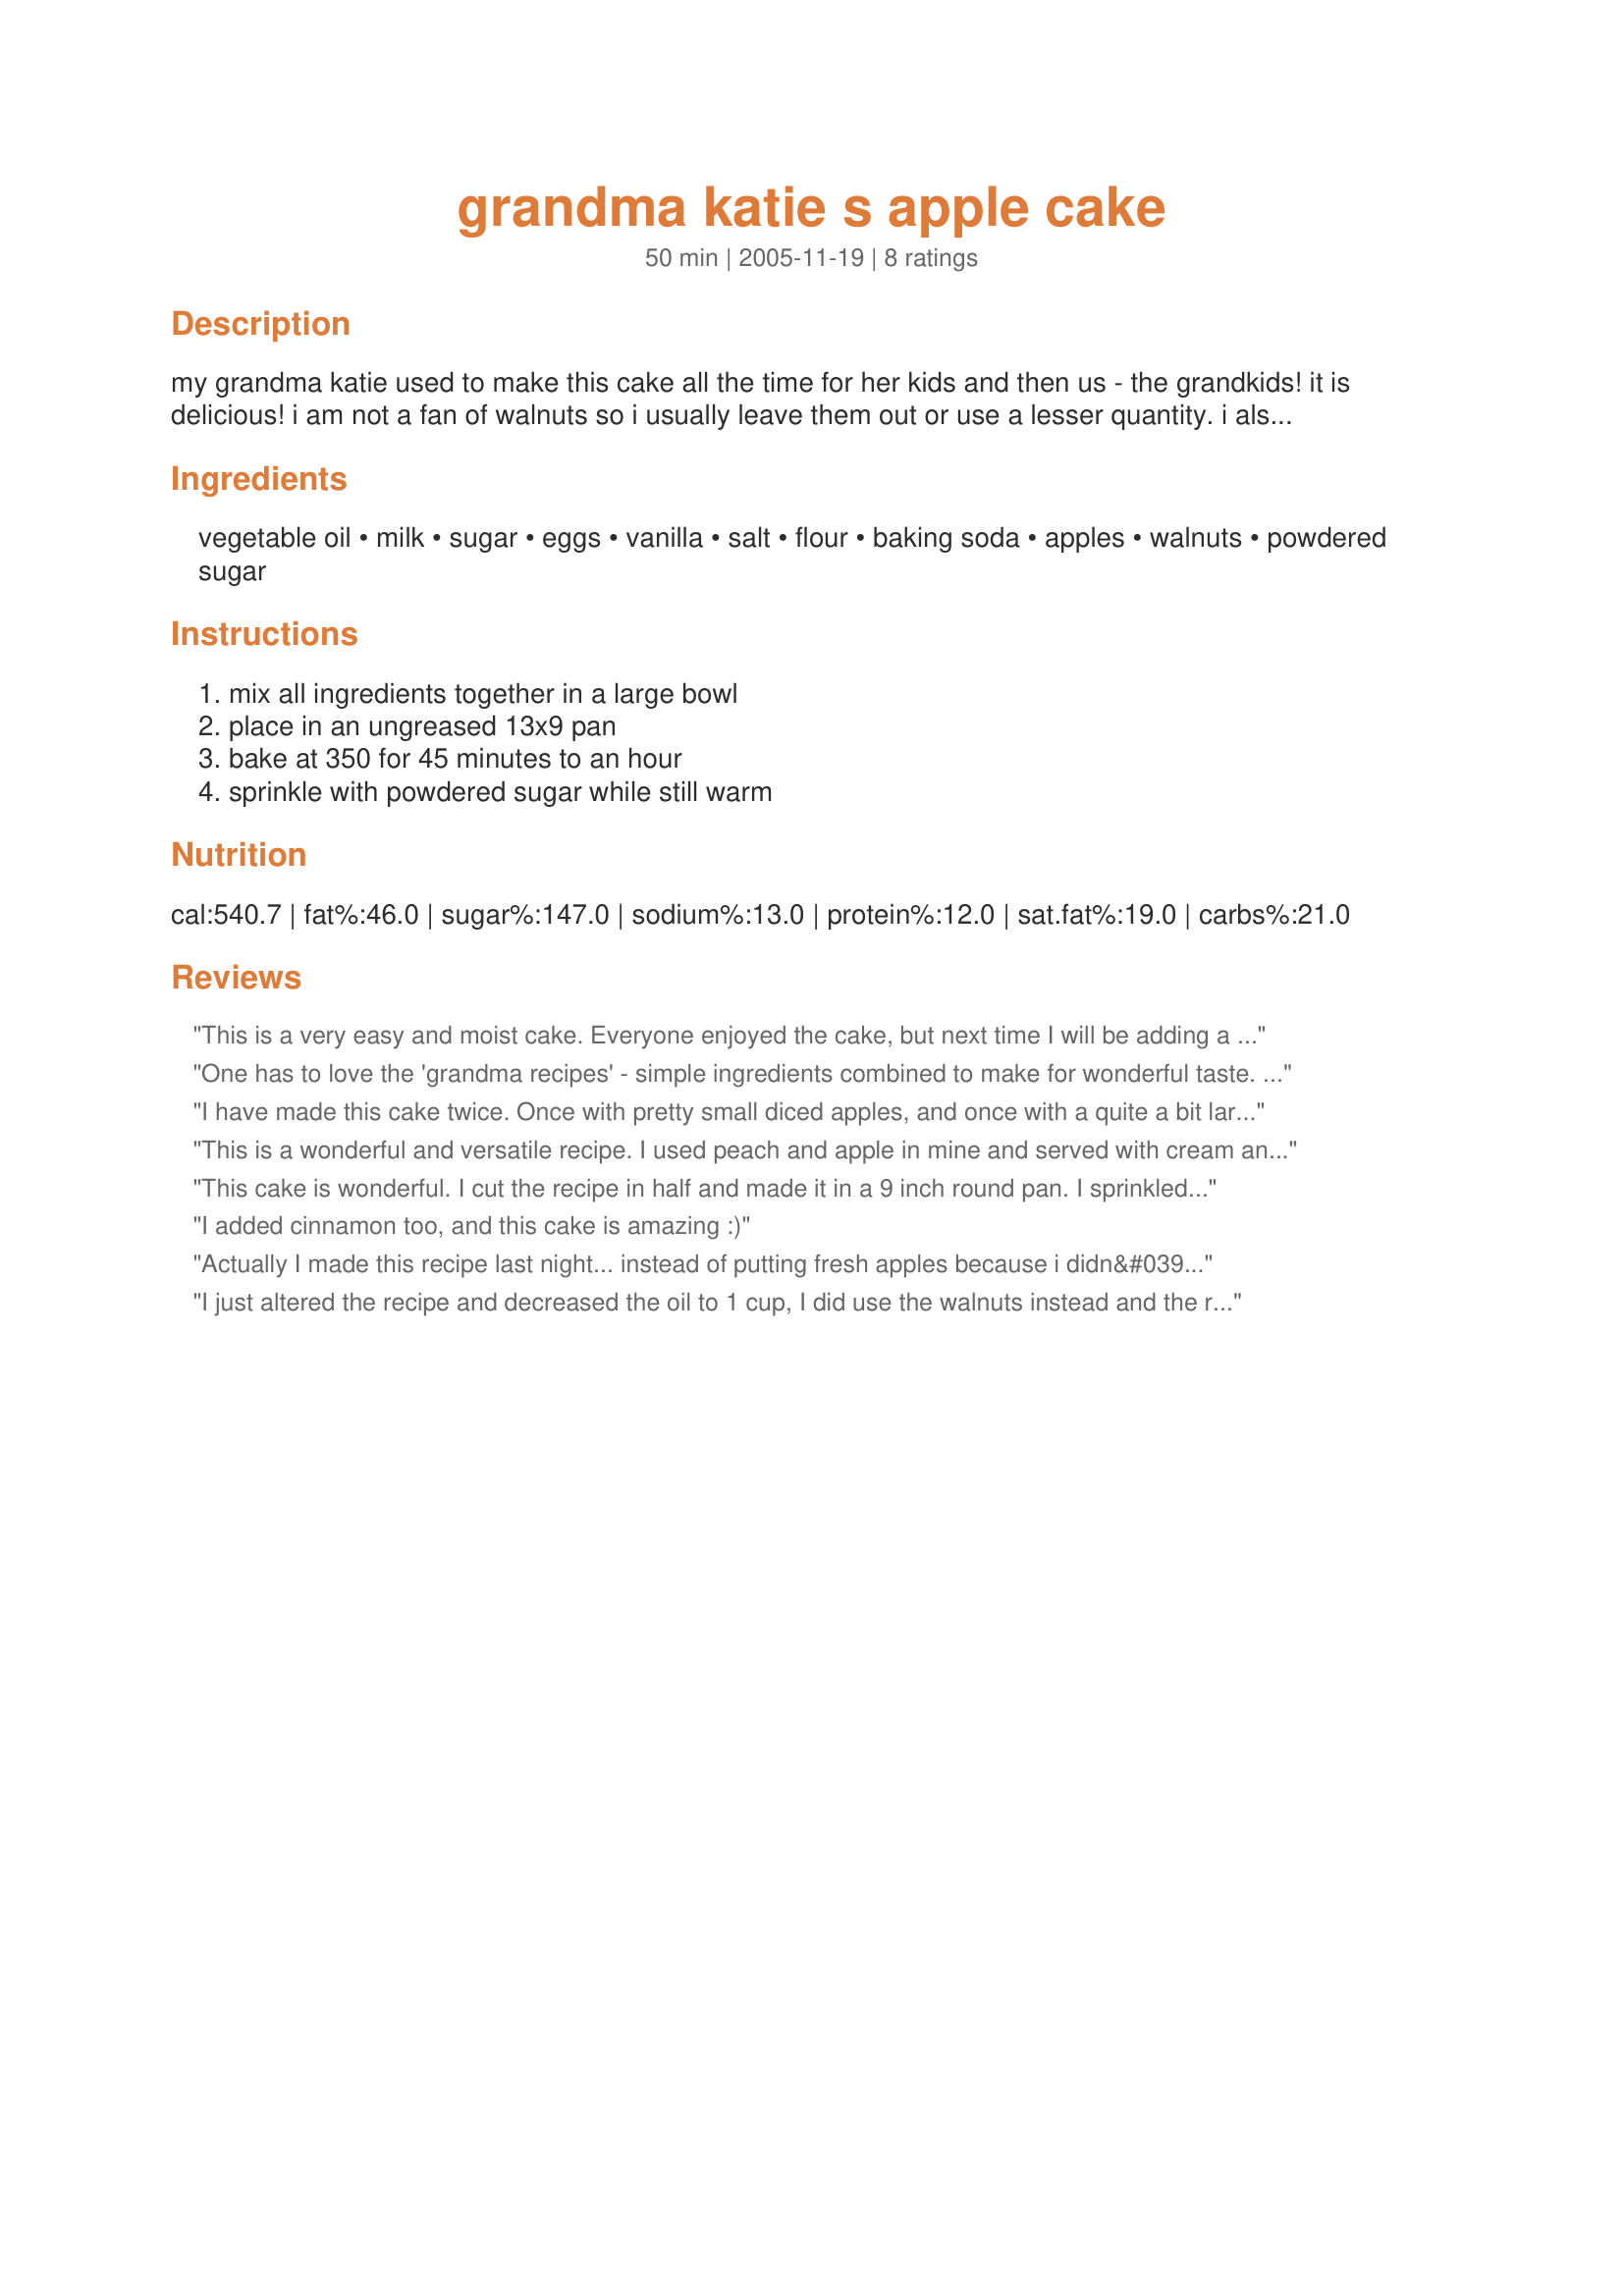
grandma katie s apple cake
Preparation time: 50 minutes

my grandma katie used to make this cake all the time for her kids and then us - the grandkids! it is delicious! i am not a fan of walnuts so i usually leave them out or use a lesser quantity. i also like to add raisins and use almond extract (my fave) instead of vanilla extract. it is definitely an easy recipe to make and the little effort goes a long way in taste!

Ingredients:
vegetable oil, milk, sugar, eggs, vanilla, salt, flour, baking soda, apples, walnuts, powdered sugar

Steps:
mix all ingredients together in a large bowl, place in an ungreased 13x9 pan, bake at 350 for 45 minutes to an hour, sprinkle with powdered sugar while still warm

Reviews:
This is a very easy and moist cake. Everyone enjoyed the cake, but next time I will be adding a touch of cinnamon to it to spice it up just a tad. But you are sooooo right about the almond extract it certainly makes this cake. Thank you Mom for sharing this with us, and Thank you Grandma Katie for sharing it with her.
One has to love the 'grandma recipes' - simple ingredients combined to make for wonderful taste. Knew everyone was going to be super hungry after a double header on Saturday afternoon - yes they were and yes they loved your grandma Katie's Apple Cake. Didn't have the nuts or raisins on hand this time around - but had some lovely apples that made for one delicious cake. Love the options open for this recipe - looking forward to using them. Powdered a portion of the cake with icing sugar - and spread recipe#264630 just to cover on the rest. Both got the high five. Thank you for sharing your grandma's recipe. Made for the Auz/NZ recipe swap.
I have made this cake twice. Once with pretty small diced apples, and once with a quite a bit larger dice. Maybe almost 1/2 inch. I was instructed by my food critics, DGD's, to only use the larger dice from now on. I might add that they were telling me this while large quantities of cake were being devoured by them. I agree with Chabear about the cinnamon. It really does make it even better. Thanks for posting such a fine recipe, Mom.
This is a wonderful and versatile recipe. I used peach and apple in mine and served with cream and recipe #370422 - very yummy indeed. I used slivered almond instead of walnuts and just loved how easy it was - a big thank you to Grandma Katie from me .
This cake is wonderful. I cut the recipe in half and made it in a 9 inch round pan. I sprinkled it with white sugar, not powdered and it is so moist and yummy. I used raisins instead of walnuts. Mmmmm... I love raisins. I will be making this again. Thanks!
I added cinnamon too, and this cake is amazing :)
Actually I made this recipe last night... instead of putting fresh apples because i didn&#039;t have any . I used a can of Lucky Leaf Apple Pie .... Did everything as your recipe said ... and OMG !!!! MY Husband and I LOVE LOVE LOVE IT!! Thank you for sharing!!! Easy to make not real sweet ..Thanks again !!
I just altered the recipe and decreased the oil to 1 cup, I did use the walnuts instead and the raisins. The apple I tended to slice thin rather than slice. But other than that I stayed true to the recipe and it tasted great. The powdered sugar made a nice crusty coating on top. Yummm!.
